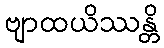
ဗျာထယိဿန္တိ